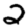
Digit: 2